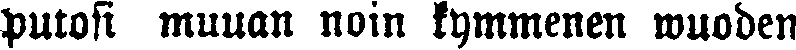
putosi muuan noin kymmenen wuoden